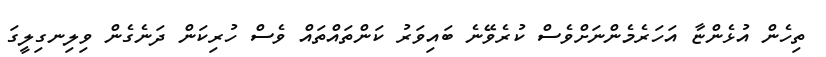
ތިހެން އުޅެންޏާ އަހަރެމެންނަށްވެސް ކުރެވޭނެ ބައިވަރު ކަންތައްތައް ވެސް ހުރިކަން ދަނެގެން ވިލިނގިލީގަ